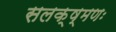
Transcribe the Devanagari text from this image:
सलक्ष्मणः